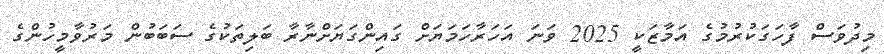
މިދުވަސް ފާހަގަކުރުމުގެ އަމާޒަކީ 2025 ވަނަ އަހަރާހަމަޔަށް ގައިންގަޔަށްނާރާ ބަލިތަކުގެ ސަބަބުން މަރުވާމީހުންގެ